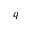
q